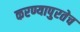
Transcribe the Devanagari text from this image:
करण्यापुरतेच